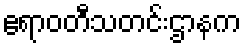
ဧရာဝတီသတင်းဌာနက